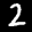
Label: 2